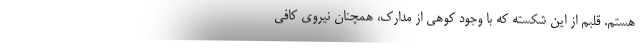
هستم. قلبم از این شکسته که با وجود کوهی از مدارک، همچنان نیروی کافی